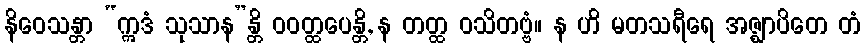
နိဝေသန္တာ “ဣဒံ သုသာန”န္တိ ဝဝတ္ထပေန္တိ, န တတ္ထ ဝသိတဗ္ဗံ။ န ဟိ မတသရီရေ အဇ္ဈာပိတေ တံ